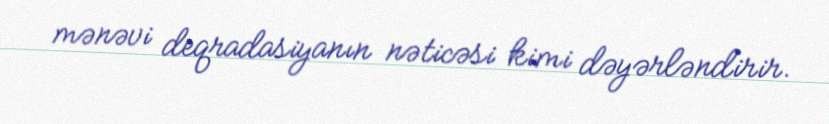
mənəvi deqradasiyanın nəticəsi kimi dəyərləndirir.